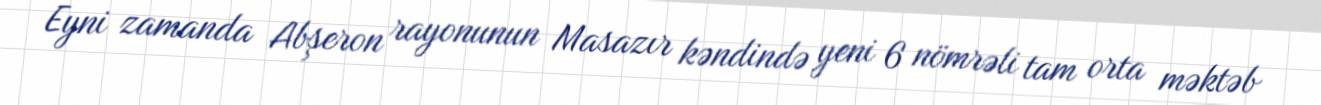
Eyni zamanda Abşeron rayonunun Masazır kəndində yeni 6 nömrəli tam orta məktəb